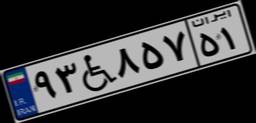
۹۳W۸۵۷۵۱